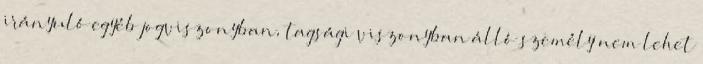
irányuló egyéb jogviszonyban, tagsági viszonyban álló személy nem lehet